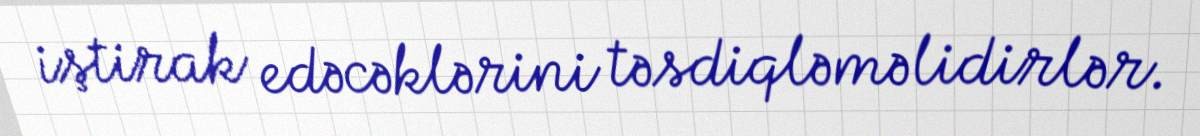
iştirak edəcəklərini təsdiqləməlidirlər.